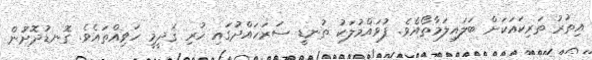
އިތުރު ތަރިކައަކަށް ބަލައިލަމާތޯއެވެ. ފުވައްމުލަކު ތުނޑީ ސަރަހައްދުގައި ހުރި ޤަދީމީ ހަވިއްތައެވެ. ގޮނޑުދޮށުން